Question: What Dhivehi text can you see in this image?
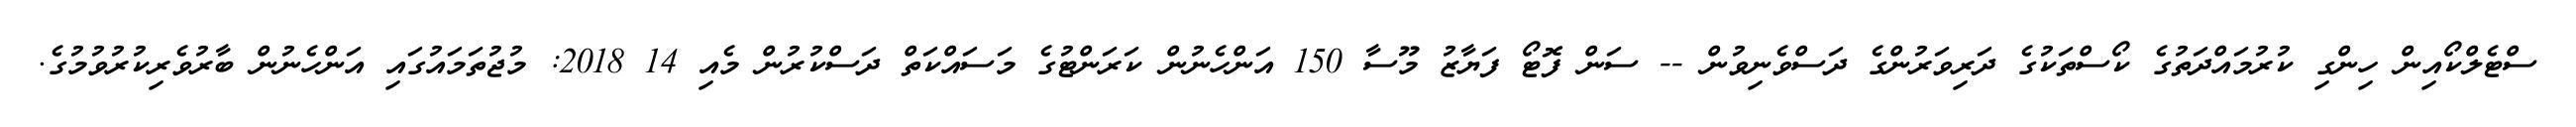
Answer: ސްޓެލްކޯއިން ހިންގި ކުރުމައްދަތުގެ ކޯސްތަކުގެ ދަރިވަރުންގެ ދަސްވެނިވުން -- ސަން ފޮޓޯ ފަޔާޒު މޫސާ 150 އަންހެނުން ކަރަންޓުގެ މަސައްކަތް ދަސްކުރުން މެއި 14 2018: މުޖުތަމައުގައި އަންހެނުން ބާރުވެރިކުރުވުމުގެ.